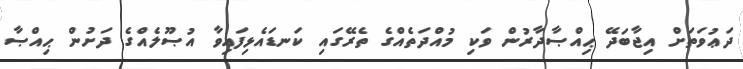
ދަޢުވަތަށް އިޖާބަދޭ ޙިއްޞާދާރުން ވަކި މުއްދަތެއްގެ ތެރޭގައި ކަނޑައެޅިފައިވާ އުޞޫލެއްގެ ދަށުން ޙިއްޞާ